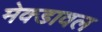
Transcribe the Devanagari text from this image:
मेक्डावल